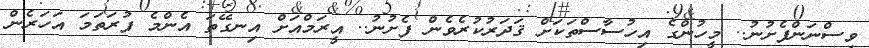
ވިސްނަންފެށުނު.. މީހުންގެ އިހުސާސްތަކަށް ޤަދަރުކުރެވެން ފެށުނު.. އީރަމްއަށް އިނގޭތަ އެންމެ ފުރަތަމަ އަހަރެން